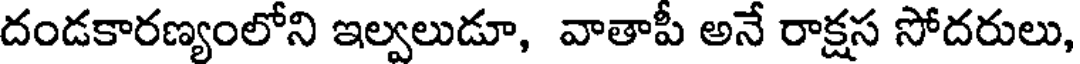
దండకారణ్యంలోని ఇల్వలుడూ, వాతాపీ అనే రాక్షస సోదరులు,